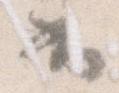
書